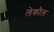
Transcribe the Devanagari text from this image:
लेकौल